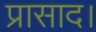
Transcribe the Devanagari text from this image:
प्रासाद।